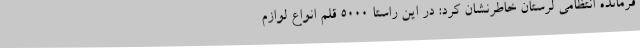
فرمانده انتظامی لرستان خاطرنشان کرد: در این راستا 5000 قلم انواع لوازم